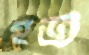
হত